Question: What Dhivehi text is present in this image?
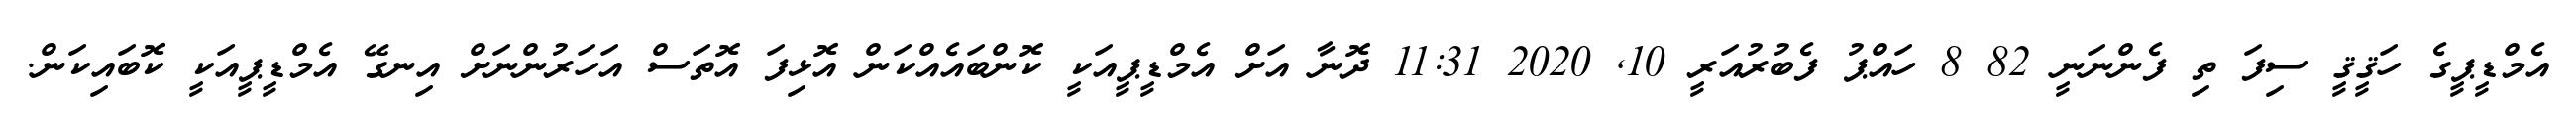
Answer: އެމްޑީޕީގެ ހަޤީޤީ ސިފަ ތި ފެންނަނީ 82 8 ހައްޕު ފެބުރުއަރީ 10, 2020 11:31 ދޮނާ އަށް އެމްޑީޕީއަކީ ކޮންބައެއްކަން އޮޅިފަ އޮތަސް އަހަރުންނަށް އިނގޭ އެމްޑީޕީއަކީ ކޮބައިކަން.